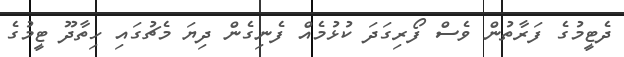
ދެޓީމުގެ ފަރާތުން ވެސް ފޯރިގަދަ ކުޅުމެއް ފެނިގެން ދިޔަ މެޗުގައި ހިތާދޫ ޓީމުގެ